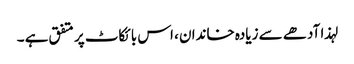
لہذا آدھے سے زیادہ خاندان ، اس بائکاٹ پر متفق ہے ۔